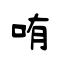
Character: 哊